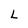
Character: L